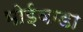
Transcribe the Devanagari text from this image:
भोईवाडा